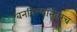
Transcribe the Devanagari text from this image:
बनविल्यानंतरच